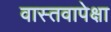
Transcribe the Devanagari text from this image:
वास्तवापेक्षा